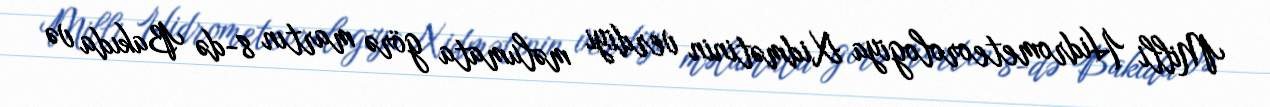
Milli Hidrometeorologiya Xidmətinin verdiyi məlumata görə martın 8-də Bakıda və